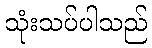
သုံးသပ်ပါသည်